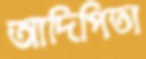
আদিপিতা